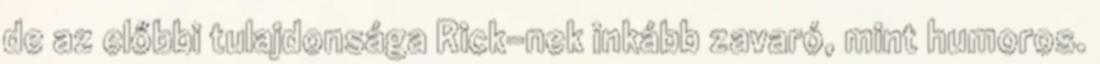
de az előbbi tulajdonsága Rick-nek inkább zavaró, mint humoros.